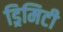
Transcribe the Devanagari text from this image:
ड्रिमिटी